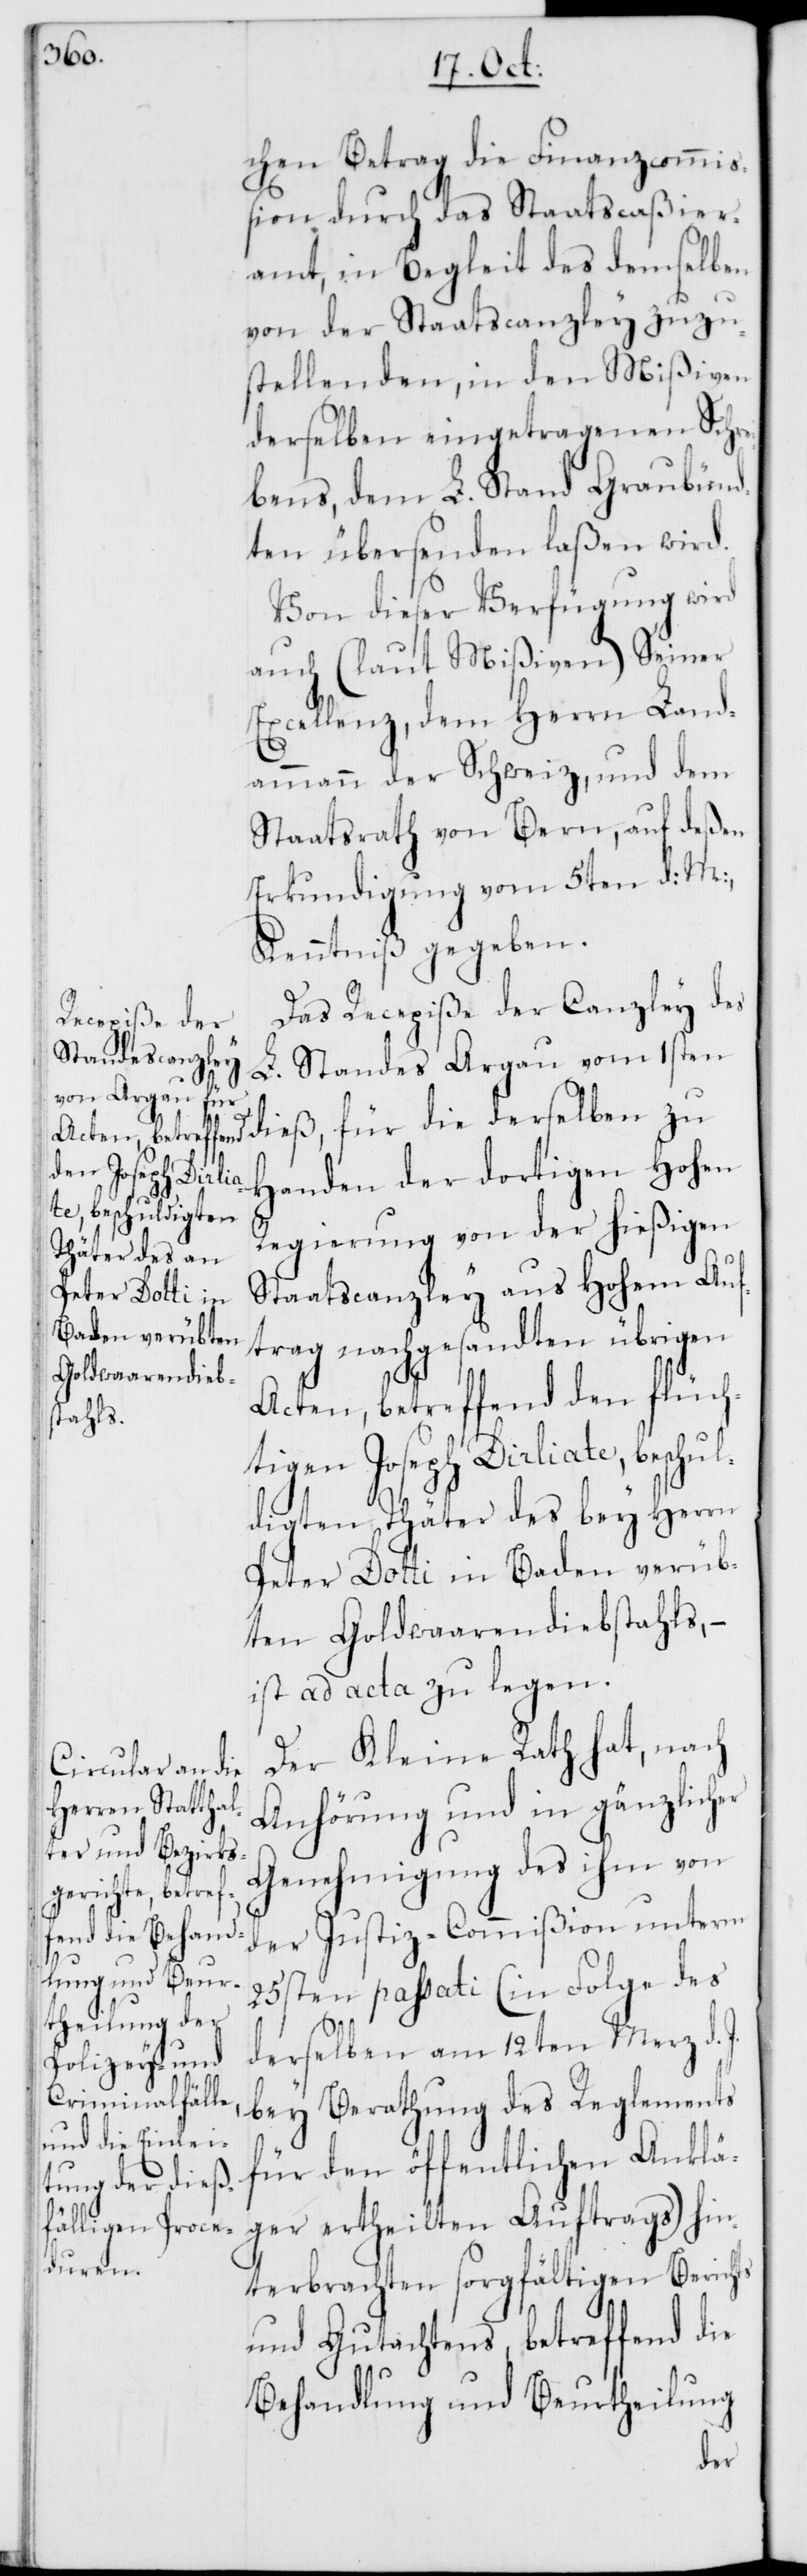
chen Betrag die Finanzcommi¬
ßion durch das Staatscaßier¬
amt, in Begleit des demselben
von der Staatscanzley zuzu¬
stellenden, in den Mißiven
derselben eingetragenen Schre¬
ibens, dem L. Stand Graubünd¬
ten übersenden laßen wird.
Von dieser Verfügung wird
auch (laut Mißiven) Seiner
Excellenz, dem Herrn Land¬
ammann der Schweiz, und dem
Staatsrath von Bern, auf deßen
Erkundigung vom 5ten d. M.
Kenntniß gegeben.
Das Recepiße der Canzley des
L. Standes Argau vom 1sten
dieß, für die derselben zu
Handen der dortigen Hohen
Regierung von der hießigen
Staatscanzley aus Hohem Auf¬
trag nachgesandten übrigen
Acten, betreffend den flüch¬
tigen Joseph Dirliate, beschul¬
digten Thäter des bey Herrn
Peter Dotti in Baden verüb¬
ten Goldwaarendiebstahls, –
ist ad acta zu legen.
Der Kleine Rath hat, nach
Anhörung und in gänzlicher
Genehmigung des ihm von
der Justiz-Comißion unterm
25sten passati (in Folge des
derselben am 12ten Merz d.
bey Berathung des Reglements
für den öffentlichen Anklä¬
ger ertheilten Auftrags) hin¬
terbrachten sorgfältigen Berichts
und Gutachtens, betreffend die
Behandlung und Beurtheilung